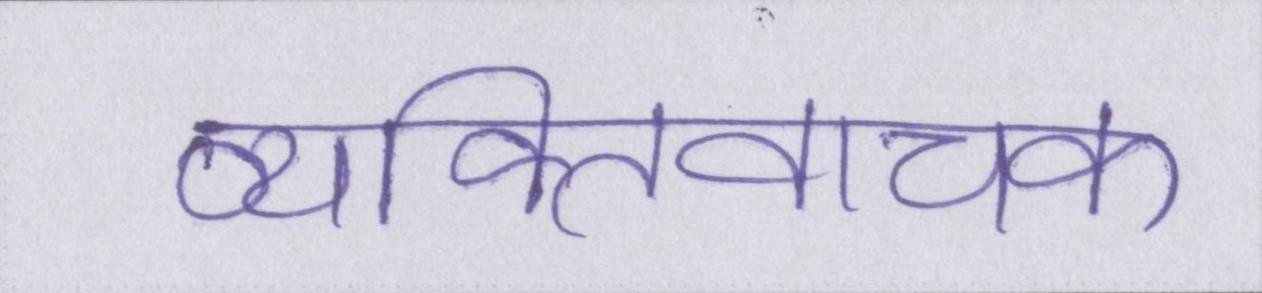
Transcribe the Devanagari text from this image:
व्यक्तिवाचक